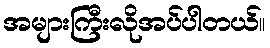
အများကြီးလိုအပ်ပါတယ်။